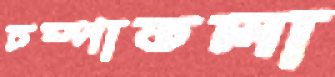
চম্পাতলা